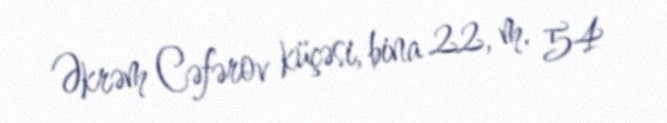
Əkrəm Cəfərov küçəsi, bina 22, m. 54